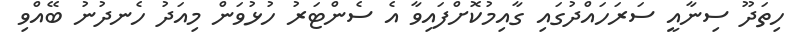
ހިތަދޫ ސިނާއީ ސަރަހައްދުގައި ގާއިމުކޮށްފައިވާ އެ ސެންޓަރު ހުޅުވަން މިއަދު ހެނދުނު ބޭއްވި